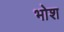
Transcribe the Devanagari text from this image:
भोश